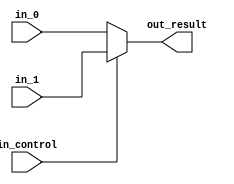
module mux_32_bit (in_control, in_0, in_1, out_result);

parameter n_bit  = 31;

input in_control;

input [n_bit : 0] in_0;
input [n_bit : 0] in_1;

output wire [n_bit : 0] out_result;

assign out_result = (in_control ? in_1 : in_0);

endmodule